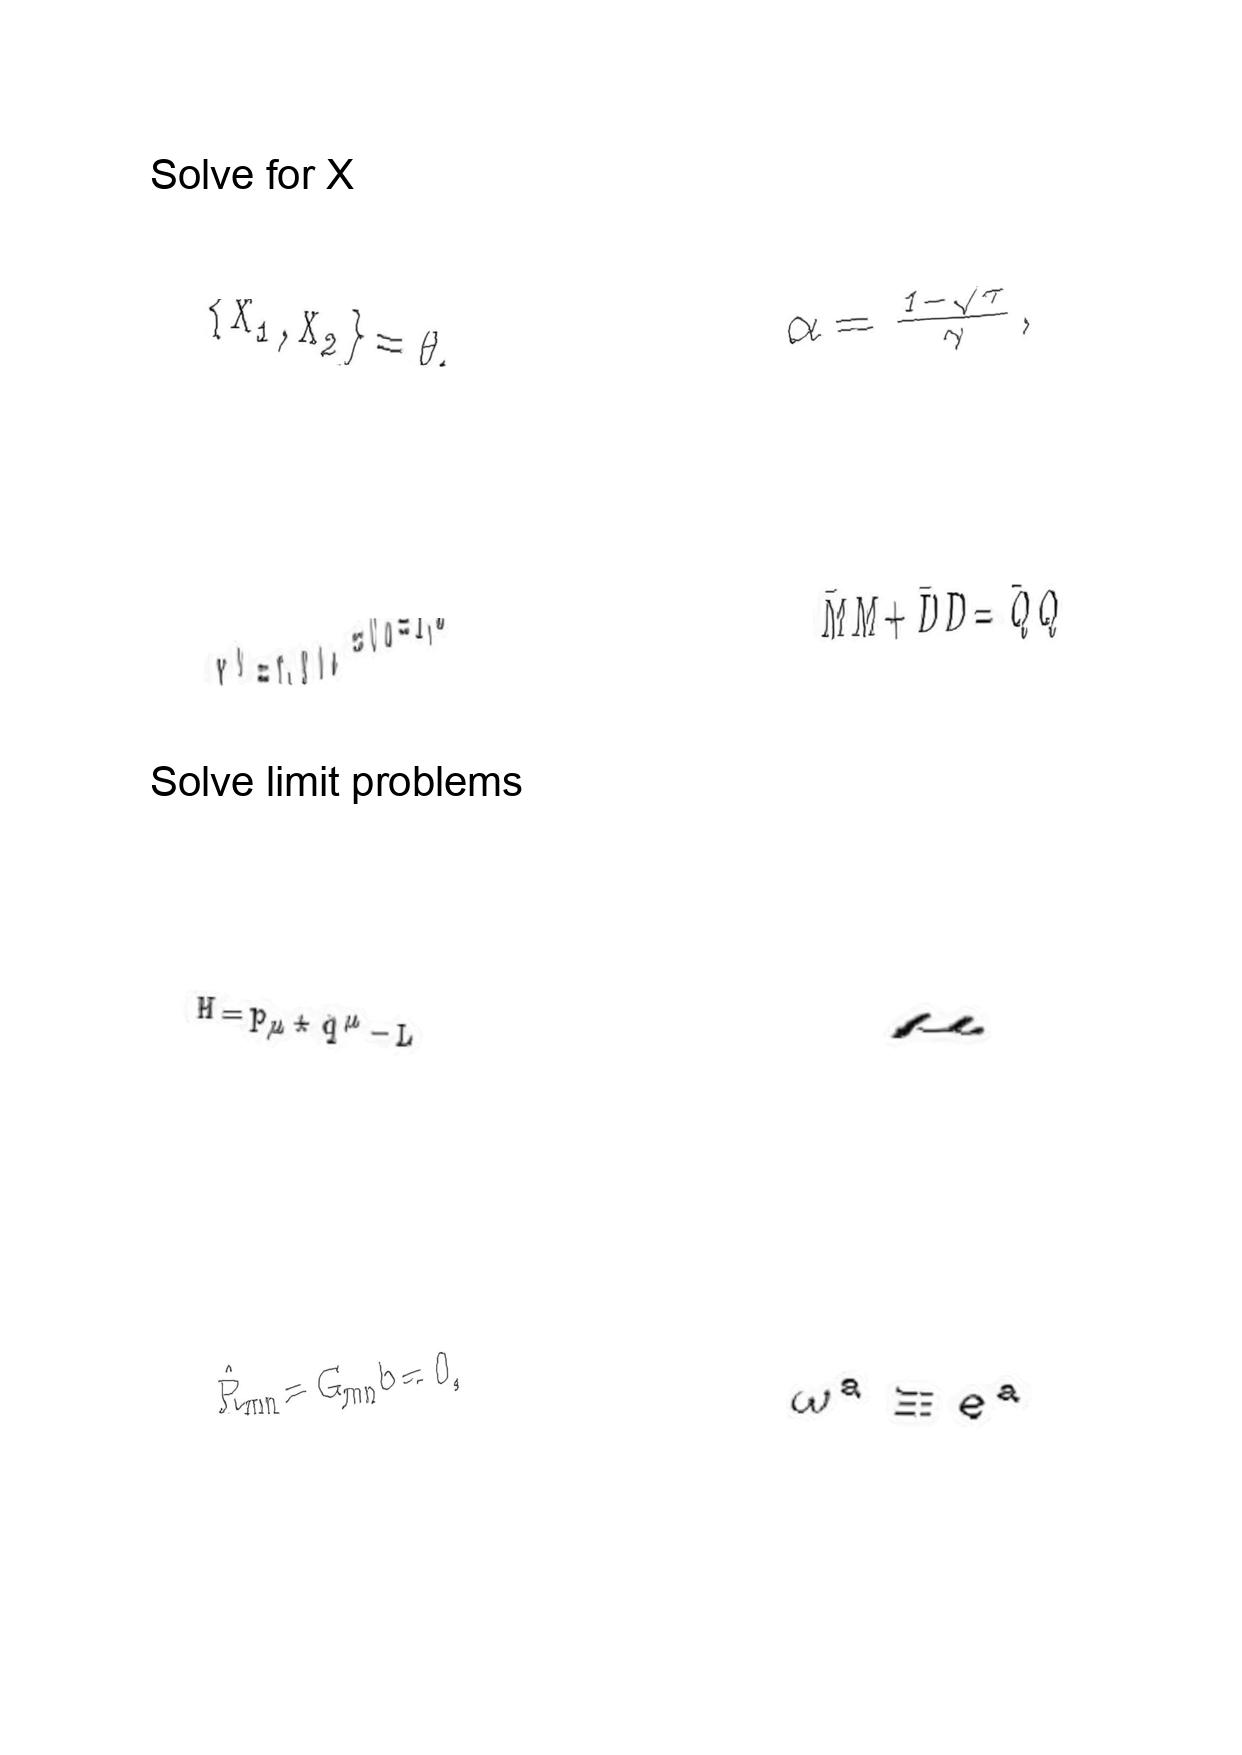
LaTeX transcription:
\lbrace X _ { 1 } , X _ { 2 } \rbrace = \theta ,
X ^ { 0 } = \tau , g _ { 0 a } = 0 a = 1 , 2
H = p _ { \mu } \star \dot { q } ^ { \mu } - L
\hat { R } _ { m n } = G _ { m n } b = 0 ,
\alpha = \frac { 1 - \sqrt { \tau } } { \gamma } ,
\bar { M } M + \bar { D } D = \bar { Q } Q
\mu
\omega ^ { a } \equiv e ^ { a }